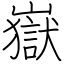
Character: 嶽